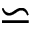
\backsimeq